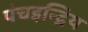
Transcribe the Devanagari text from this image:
पंचइन्द्रिय